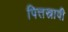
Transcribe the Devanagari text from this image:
पित्तस्रावी